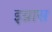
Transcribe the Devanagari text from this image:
इग्नास